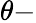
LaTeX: \theta-